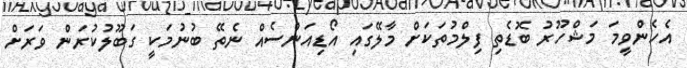
އެހެންވީމަ މަޝްހޫރު ބޮޑެތި ފިލްމުތަކަށް މާލޭގައި އޯޑިއަންސެއް ނެތޭ ބުނުމަކީ ގަބޫލުކުރަން ވަރަށް